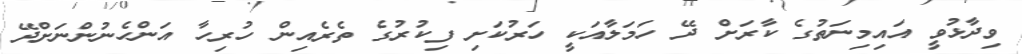
ވިދާޅުވީ އައިމިނަތުގެ ކާރަށް ދޭ ހަމަލާއަކީ ހަރުކަށި ފިކުރުގެ ތެރެއިން ހުރިހާ އަންހެނުންނަށްދޭ